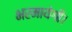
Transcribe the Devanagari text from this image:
भरमायेगी।